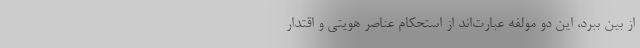
از بین ببرد، این دو مولفه عبارت‌اند از استحکام عناصر هویتی و اقتدار